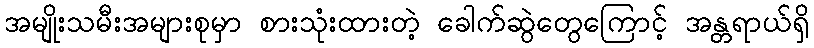
အမျိုးသမီးအများစုမှာ စားသုံးထားတဲ့ ခေါက်ဆွဲတွေကြောင့် အန္တရာယ်ရှိ